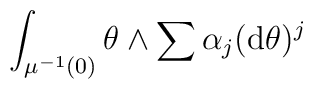
\int_{\mu^{-1}(0)} \theta \wedge \sum \alpha_j                                  ({\rm d}\theta)^j